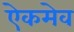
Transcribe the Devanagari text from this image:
ऐकमेव